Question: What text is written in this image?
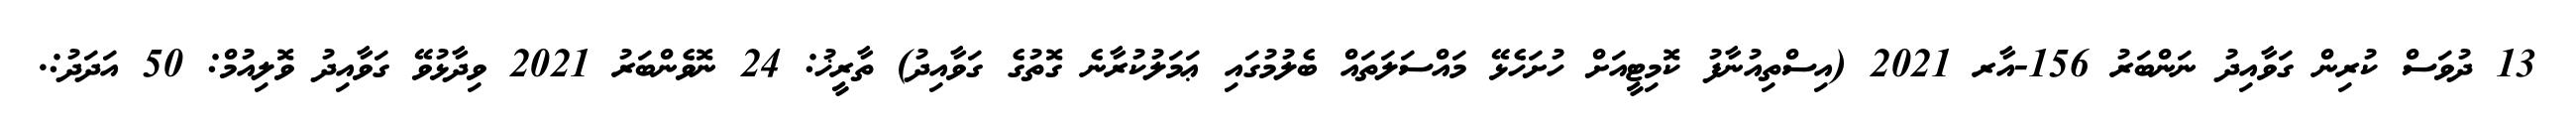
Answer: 13 ދުވަސް ކުރިން ގަވާއިދު ނަންބަރު 156-އާރ 2021 (އިސްތިއުނާފު ކޮމިޓީއަށް ހުށަހެޅޭ މައްސަލަތައް ބެލުމުގައި ޢަމަލުކުރާނެ ގޮތުގެ ގަވާއިދު) ތާރީޚު: 24 ނޮވެންބަރު 2021 ވިދާޅުވޭ ގަވާއިދު ވޮލިއުމް: 50 އަދަދު:.